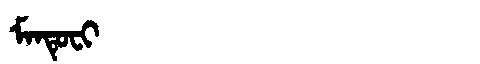
Manchu: ᠮᠠᠨᡨᡠᠸᡳ
Romanization: MANTUFI